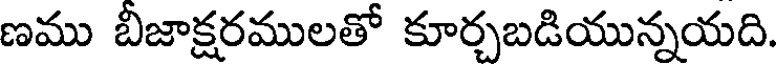
ణము బీజాక్షరములతో కూర్చబడియున్నయది.